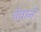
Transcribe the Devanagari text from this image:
चेताने